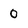
Character: 0